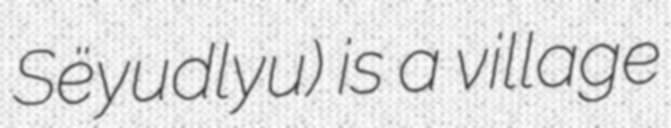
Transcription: Sëyudlyu) is a village